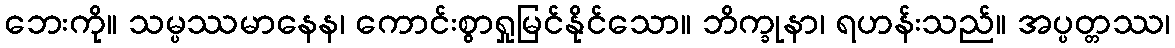
ဘေးကို။ သမ္ပဿမာနေန၊ ကောင်းစွာရှုမြင်နိုင်သော။ ဘိက္ခုနာ၊ ရဟန်းသည်။ အပ္ပတ္တဿ၊